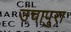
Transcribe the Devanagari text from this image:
उंचापुरा